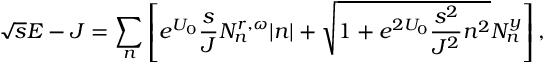
\sqrt { s } E - J = \sum _ { n } \left[ e ^ { U _ { 0 } } \frac { s } { J } N _ { n } ^ { r , \omega } | n | + \sqrt { 1 + e ^ { 2 U _ { 0 } } \frac { s ^ { 2 } } { J ^ { 2 } } n ^ { 2 } } N _ { n } ^ { y } \right] ,